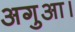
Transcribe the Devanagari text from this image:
अगुआ।